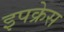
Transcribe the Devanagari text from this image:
इपक्रेस